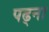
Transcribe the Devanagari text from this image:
पढ्ना